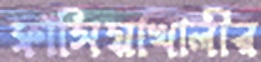
ফাঁসিয়াখালীর